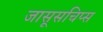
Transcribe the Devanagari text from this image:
जासूसचिप्स